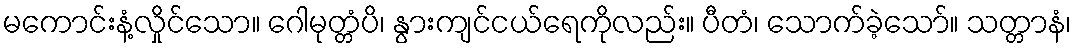
မကောင်းနံ့လှိုင်သော။ ဂေါမုတ္တံပိ၊ နွားကျင်ငယ်ရေကိုလည်း။ ပီတံ၊ သောက်ခဲ့သော်။ သတ္တာနံ၊